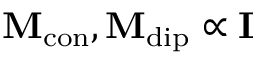
\mathbf { M } _ { \mathrm { c o n } } , \mathbf { M } _ { \mathrm { d i p } } \propto \mathbf { I }